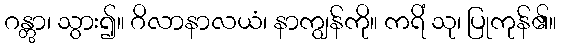
ဂန္တွာ၊ သွား၍။ ဂိလာနာလယံ၊ နာကျွန်ကို။ ကရိံ သု၊ ပြုကုန်၏။